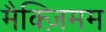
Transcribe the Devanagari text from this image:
मैक्ज़िमम